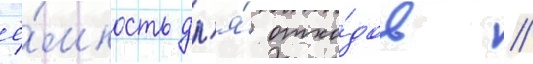
ё́мкость дл'я́ отхо́дов //